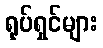
ရုပ်ရှင်များ